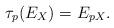
LaTeX: \begin{align*}\tau_p(E_X)=E_{pX}.\end{align*}